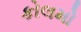
કોલમો